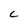
Character: C